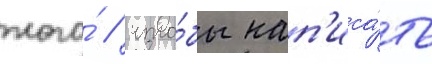
того́ / что́бы нап'иса́ть